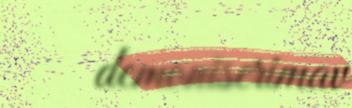
demoniserimav